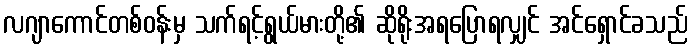
လဂျာကောင်တစ်ဝန်းမှ သက်ရင့်ရွယ်မားတို့၏ ဆိုရိုးအရပြောရလျှင် အင်ရှောင်ခသည်